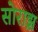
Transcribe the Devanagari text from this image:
सोराझ़